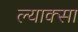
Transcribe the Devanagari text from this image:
ल्याक्सा